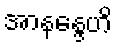
အာနန္ဒေဟိ